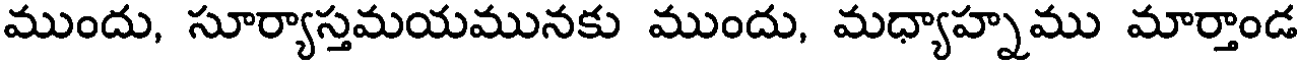
ముందు, సూర్యాస్తమయమునకు ముందు, మధ్యాహ్నము మార్తాండ